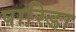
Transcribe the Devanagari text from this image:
पारिडा